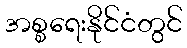
အစ္စရေးနိုင်ငံတွင်